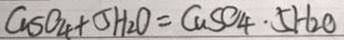
C u S O _ { 4 } + 5 H _ { 2 } O = C u S O _ { 4 } \cdot 5 H _ { 2 } O